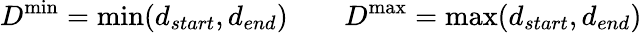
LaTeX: D^{\operatorname*{min}}=\operatorname*{min}({d}_{start},{d}_{end})\qquad D^{\operatorname*{max}}=\operatorname*{max}({d}_{start},{d}_{end})